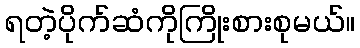
ရတဲ့ပိုက်ဆံကိုကြိုးစားစုမယ်။